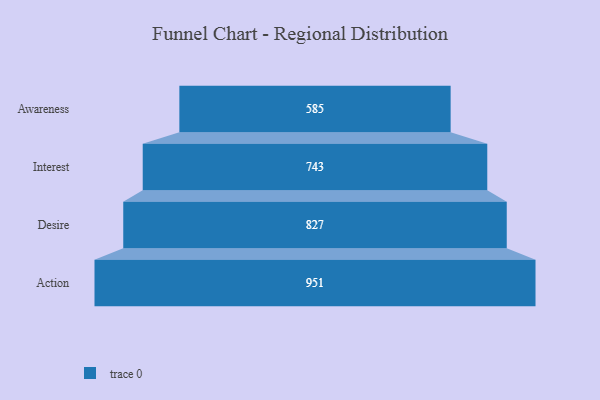
{"axis": {"x": "Stage", "y": "Value"}, "legend": [""], "data": [{"x": "Awareness", "y": 585.0, "type": ""}, {"x": "Interest", "y": 743.0, "type": ""}, {"x": "Desire", "y": 827.0, "type": ""}, {"x": "Action", "y": 951.0, "type": ""}]}